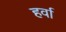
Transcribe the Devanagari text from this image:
हर्वा